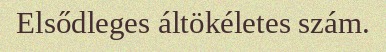
Elsődleges áltökéletes szám.